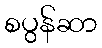
စပွန်ဆာ